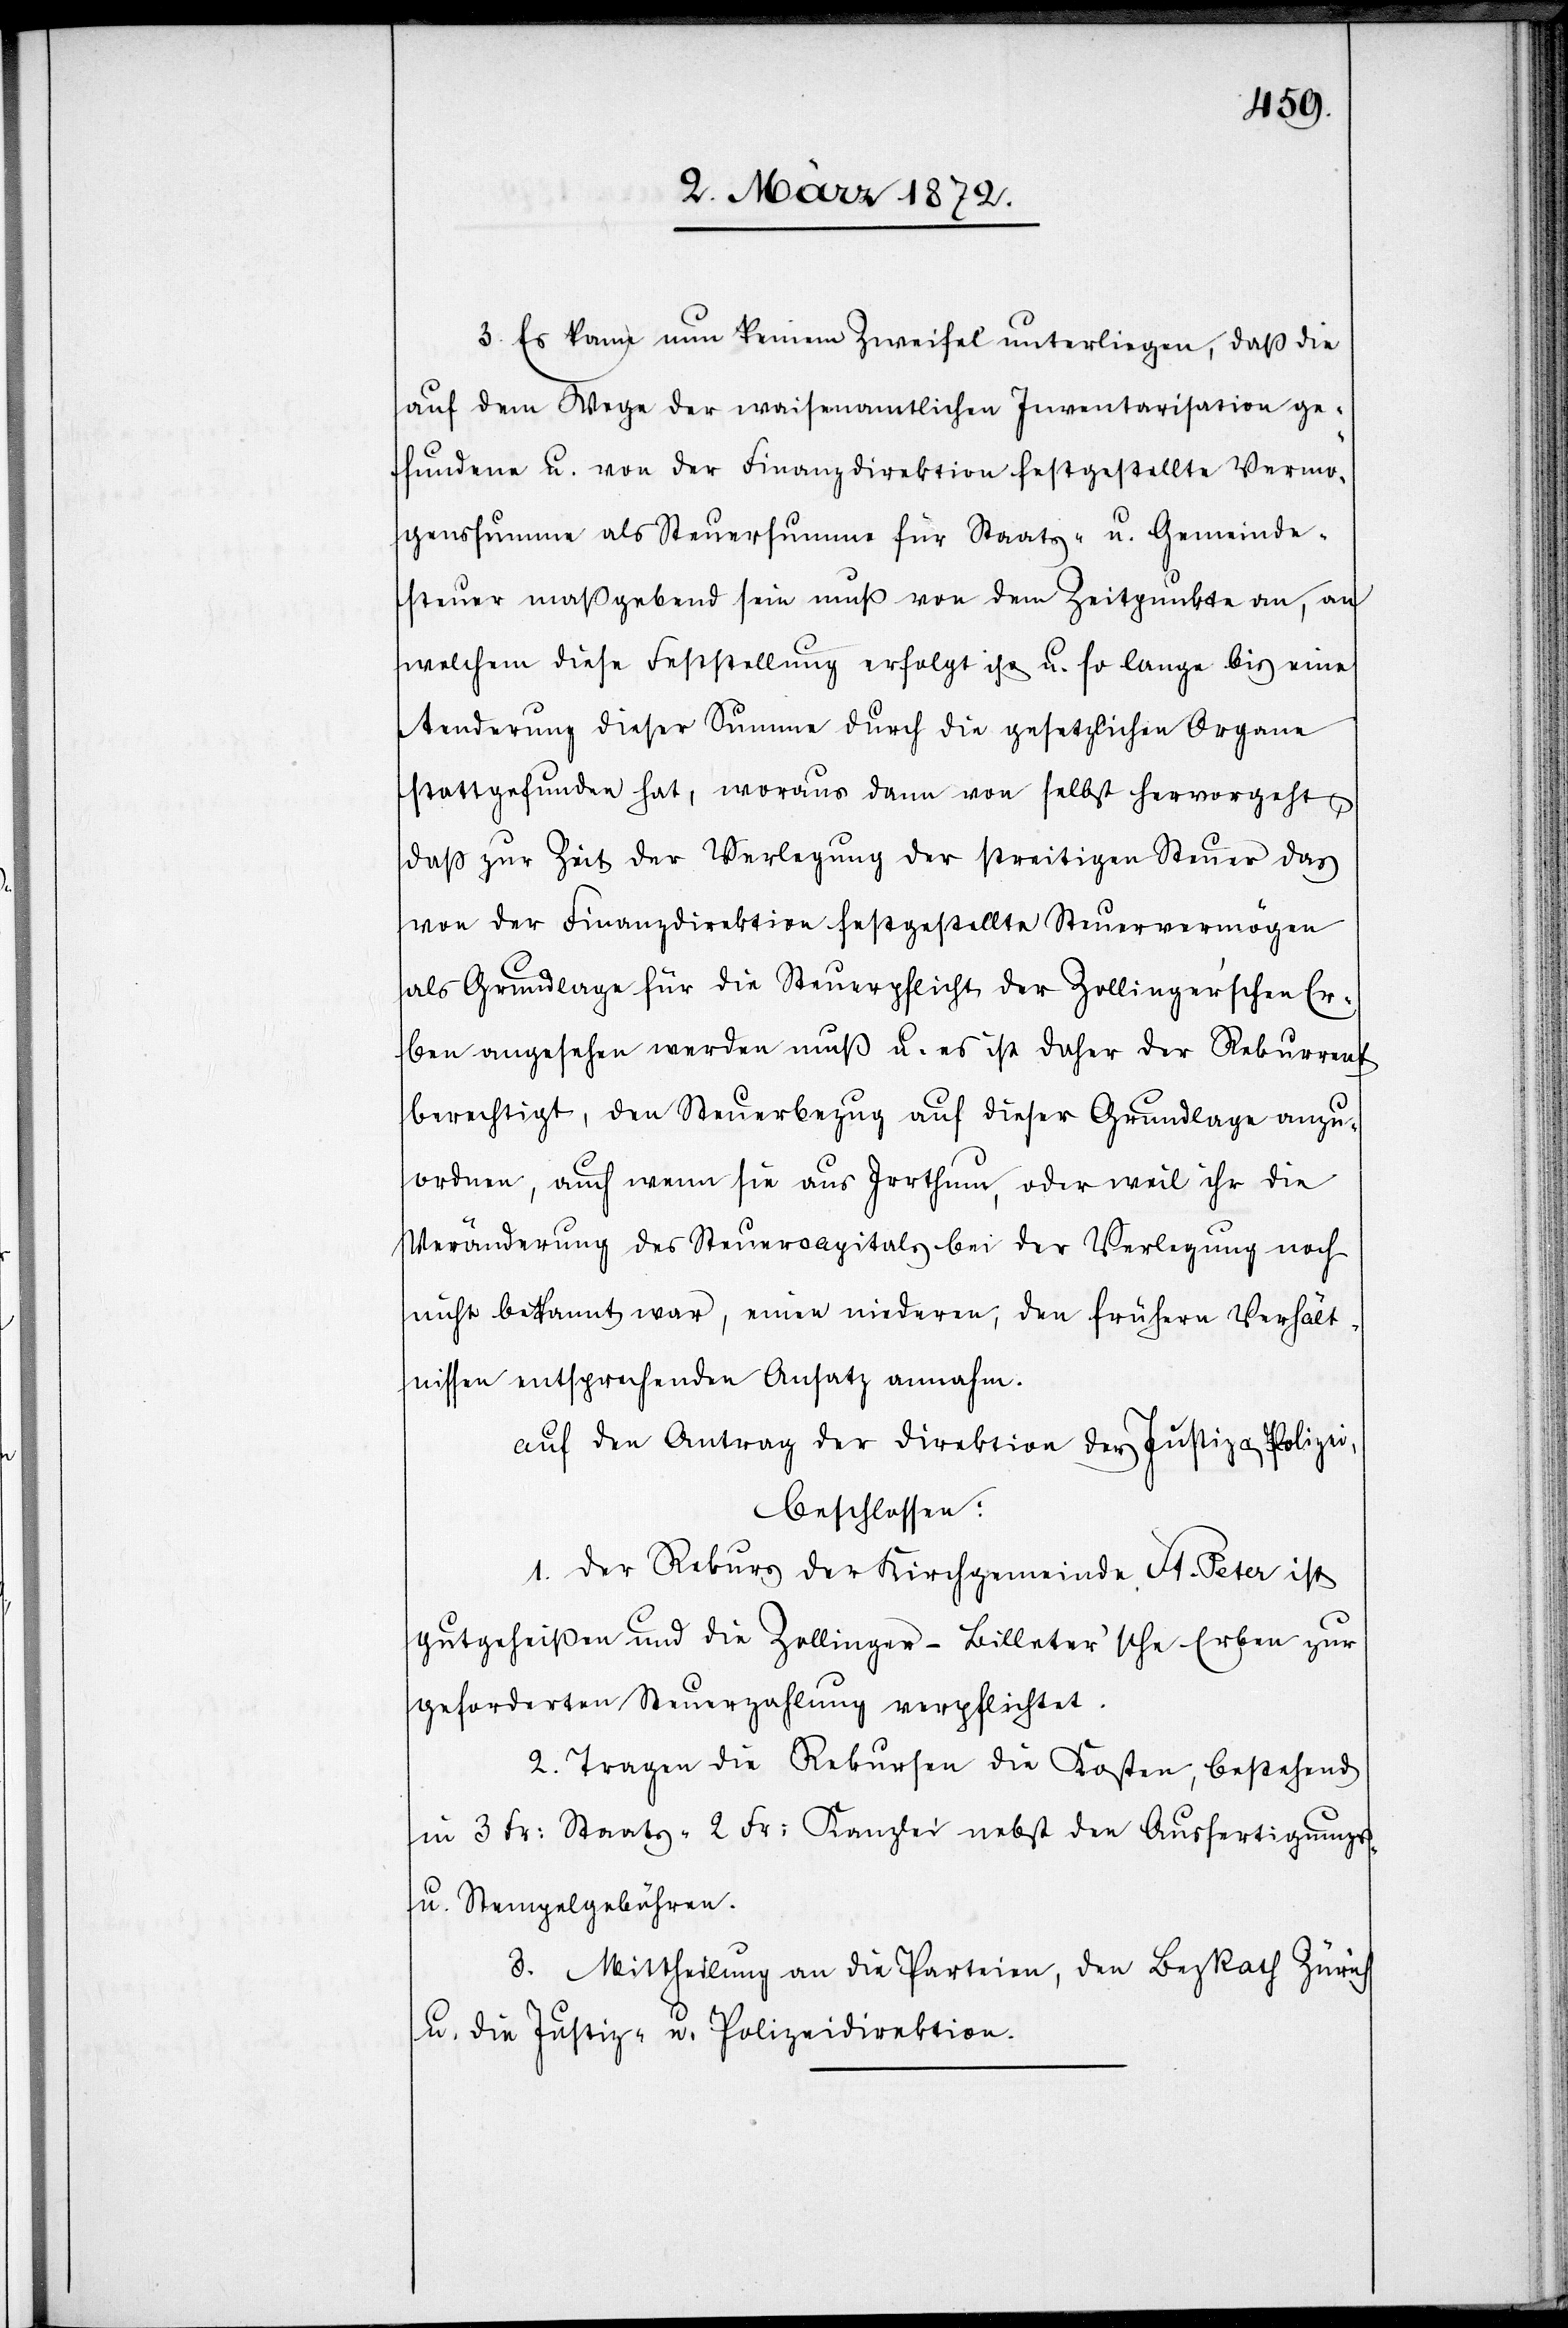
3. Es kann nun keinem Zweifel unterliegen, daß die
auf dem Wege der waisenamtlichen Inventarisation ge¬
fundene u. von der Finanzdirektion festgestellte Vermö¬
genssumme als Steuersumme für Staats- u. Gemeinde¬
steuer maßgebend sein muß von dem Zeitpunkte an, an
welchem diese Feststellung erfolgt ist u. so lange bis eine
Aenderung dieser Summe durch die gesetzlichen Organe
stattgefunden hat, woraus dann von selbst hervorgeht,
daß zur Zeit der Verlegung der streitigen Steuer das
von der Finanzdirektion festgestellte Steuervermögen
als Grundlage für die Steuerpflicht der Zollinger’schen Er¬
ben angesehen werden muß u. es ist daher der Rekurrent
berechtigt, den Steuerbezug auf dieser Grundlage anzu¬
ordnen, auch wenn sie aus Irrthum, oder weil ihr die
Veränderung des Steuercapitals bei der Verlegung noch
nicht bekannt war, einen niederen, den frühern Verhält¬
nissen entsprechenden Ansatz annahm.
auf den Antrag der Direktion der Justiz u. Polizei,
beschlossen:
1. Der Rekurs der Kirchgemeinde St. Peter ist
gutgeheißen und die Zollinger-Billeter’sche Erben zur
geforderten Steuerzahlung verpflichtet.
2. Tragen die Rekursen die Kosten, bestehend
in 3 Fr. Staats-[,] 2 Fr. Kanzlei[,] nebst den Ausfertigungs-
u. Stempelgebühren.
3. Mittheilung an die Parteien, den BezRath Zürich
u. die Justiz- u. Polizeidirektion.